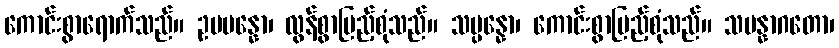
ကောင်းစွာရောက်သည်။ ဥပပန္နော၊ လွန်စွာပြည့်စုံသည်။ သမ္ပန္နော၊ ကောင်းစွာပြည့်စုံသည်။ သမန္နာဂတော၊